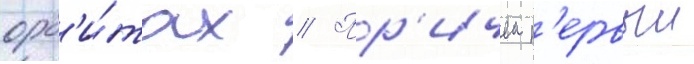
орб'и́тах // Пр'ичем п'ервыи